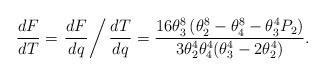
LaTeX: \begin{align*} \frac{dF}{dT}=\left.\frac{dF}{dq}\right/\frac{dT}{dq}=\frac{16\theta_{3}^{8}\left(\theta_{2}^{8}-\theta_{4}^{8}-\theta_{3}^{4}P_{2}\right)}{3\theta_{2}^{4}\theta_{4}^{4}(\theta_{3}^{4}-2\theta_{2}^{4})}. \end{align*}